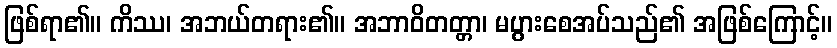
ဖြစ်ရာ၏။ ကိဿ၊ အဘယ်တရား၏။ အဘာဝိတတ္တာ၊ မပွားစေအပ်သည်၏ အဖြစ်ကြောင့်။